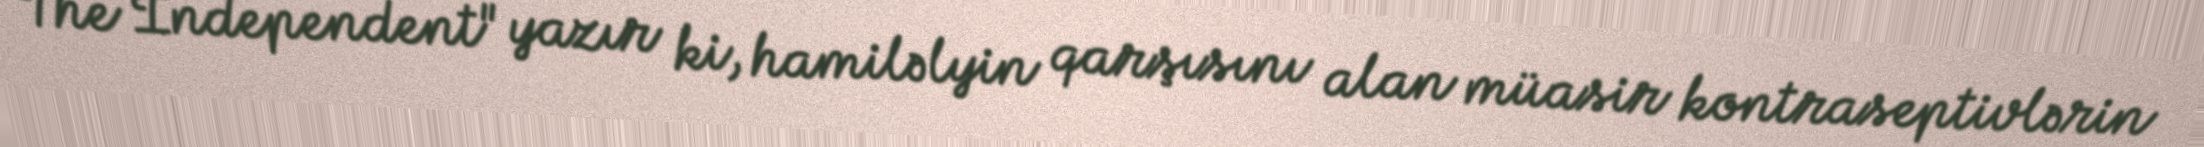
The Independent" yazır ki, hamiləlyin qarşısını alan müasir kontraseptivlərin